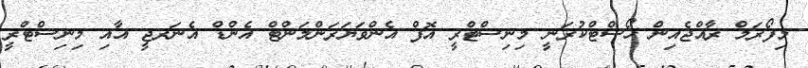
މިފޯރަމް ރާއްޖެއިން ހޯސްޓްކުރަނީ މިނިސްޓްރީ އޮފް އެންވަޔަރަންމަންޓް އެންޑް އެނަރޖީ އާއި މިނިސްޓްރީ